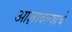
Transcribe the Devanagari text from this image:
आज्ञावल्याचे